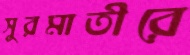
সুরমাতীরে